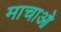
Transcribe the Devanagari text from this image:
माचाओ